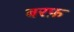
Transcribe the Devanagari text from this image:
बरफ़